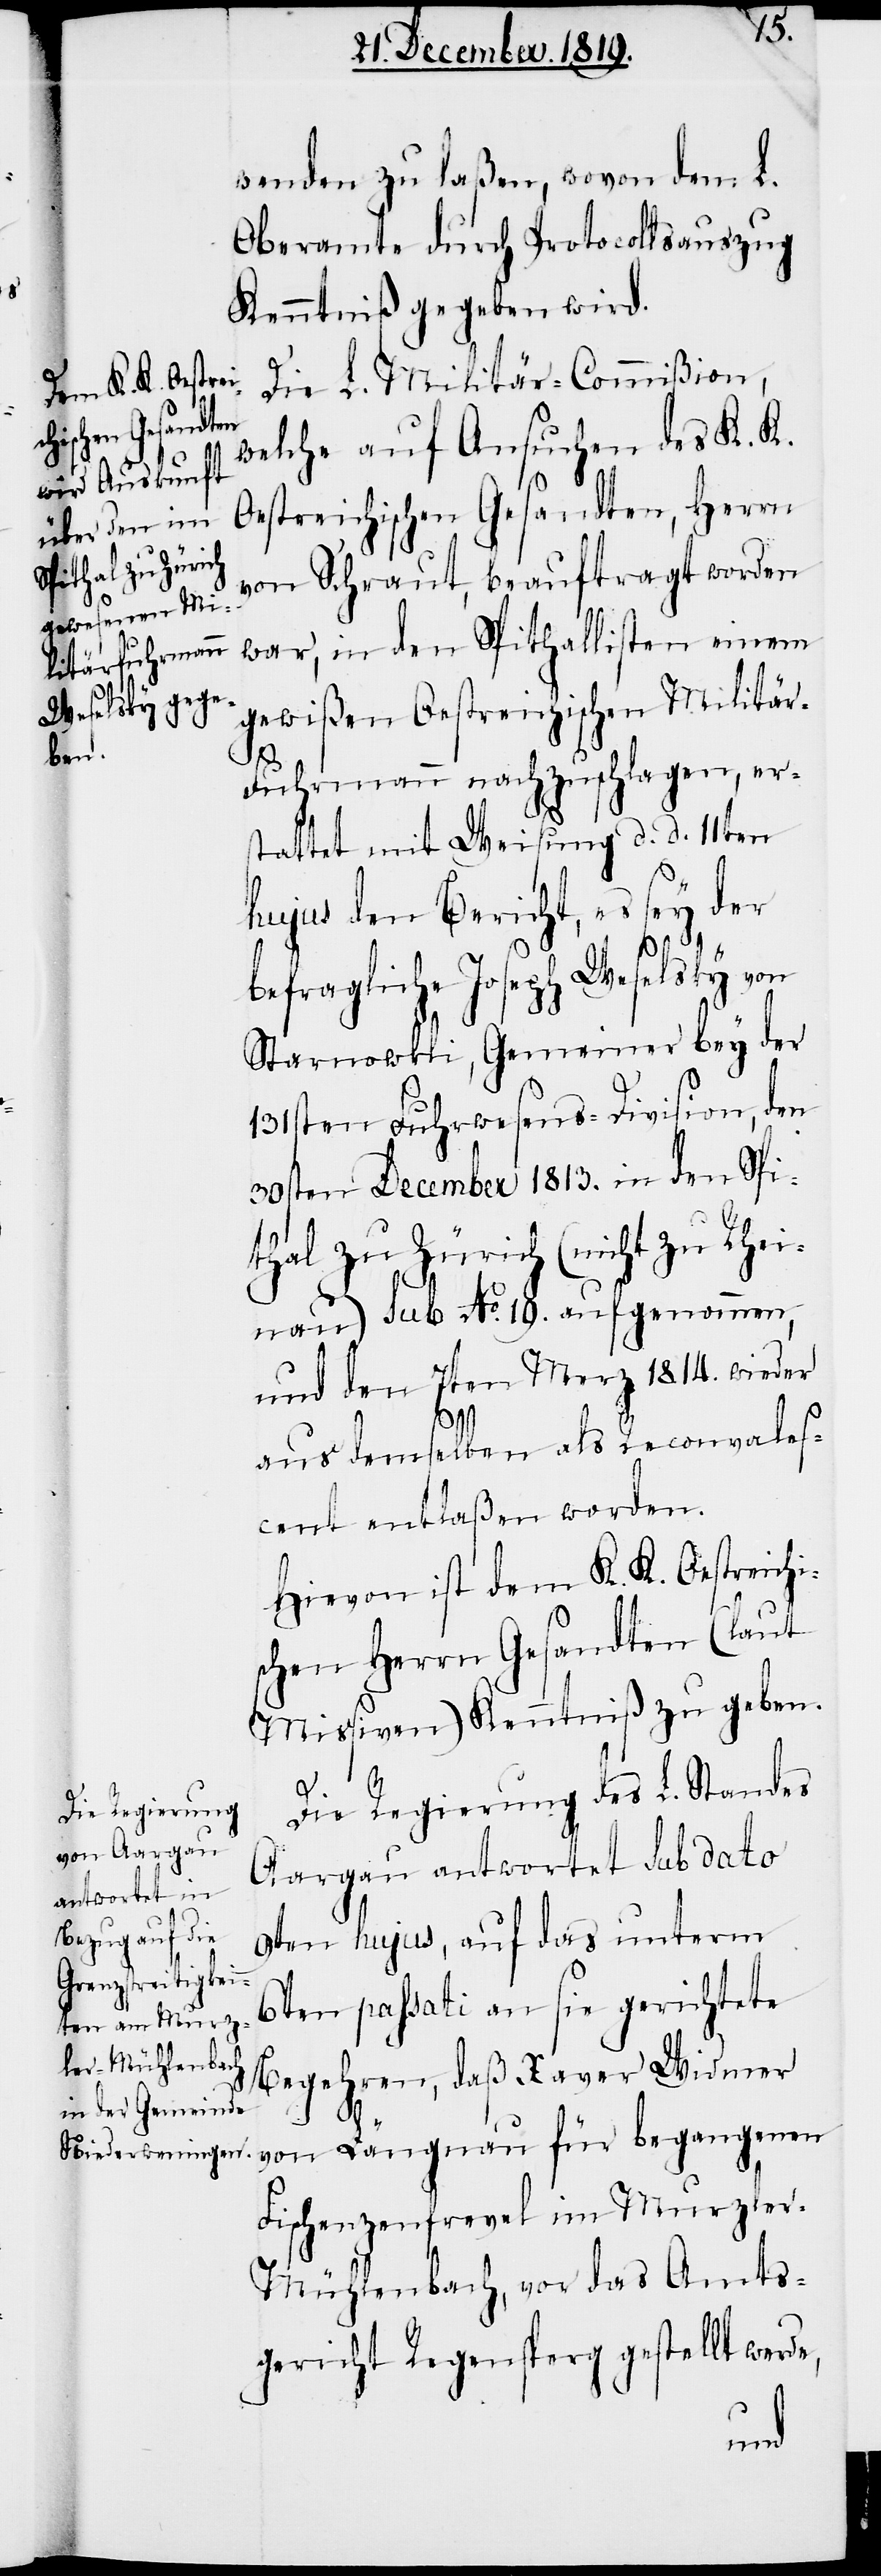
wenden zu laßen, wovon dem L.
Oberamte durch Protocollsauszug
Kenntniß gegeben wird.
Die L. Militär-Commißion,
begangenen
welche auf Ansuchen des K. K.
Oestreichischen Gesandten, Herrn
von Schraut, beauftragt worden
war, in den Spithallisten einem
gewißen Oestreichischen Militä¬
r-Fuhrmann nachzuschlagen, er¬
stattet mit Weisung d. d. 11ten
hujus den Bericht, es sey der
befragliche Joseph Weselsky von
Starnowkli, Gemeiner bey der
131sten Fuhrwesens-Division, den
30sten December 1813. in den Spi¬
thal zu Zürich (nicht zu Rhei¬
nau) sub No. 19. aufgenommen,
und den 7ten Merz 1814. wieder
aus demselben als Reconvales¬
cent entlaßen worden.
Hievon ist dem K. K. Oestreichi¬
schen Herrn Gesandten (laut
Mißiven) Kenntniß zu geben.
Die Regierung des L. Standes
Aargau antwortet sub dato
9ten hujus, auf das unterm
6ten passati an sie gerichtete
Begehren, daß Xaver Widmer
Fischenzenfrevel im Murzle¬
r-Mühlenbach, vor das Amts¬
gericht Regensperg gestellt werde,